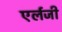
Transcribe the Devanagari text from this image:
एर्लजी